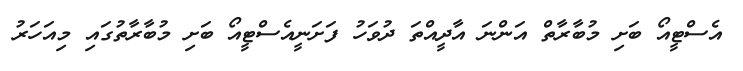
އެސްޓީއޯ ބަށި މުބާރާތް އަންނަ އާދީއްތަ ދުވަހު ފަށަނީއެސްޓީއޯ ބަށި މުބާރާތުގައި މިއަހަރު